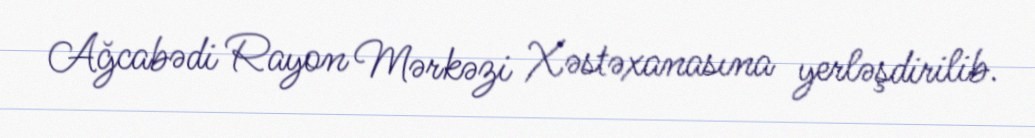
Ağcabədi Rayon Mərkəzi Xəstəxanasına yerləşdirilib.